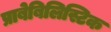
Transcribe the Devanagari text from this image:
प्राबेबिलिस्टिक